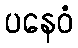
ပနေဝံ